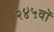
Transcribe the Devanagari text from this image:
२४५वॉ